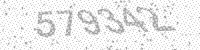
Solution: 579342